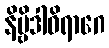
နိဗ္ဗိဒါဝိရာဂေ